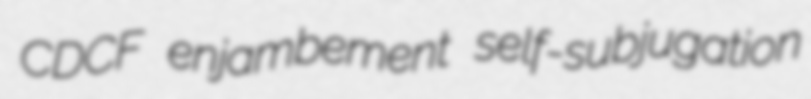
CDCF enjambement self-subjugation